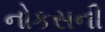
નોકસની